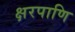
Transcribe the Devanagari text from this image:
क्षरपाणि